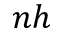
n h